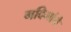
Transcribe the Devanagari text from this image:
गदिमांचे